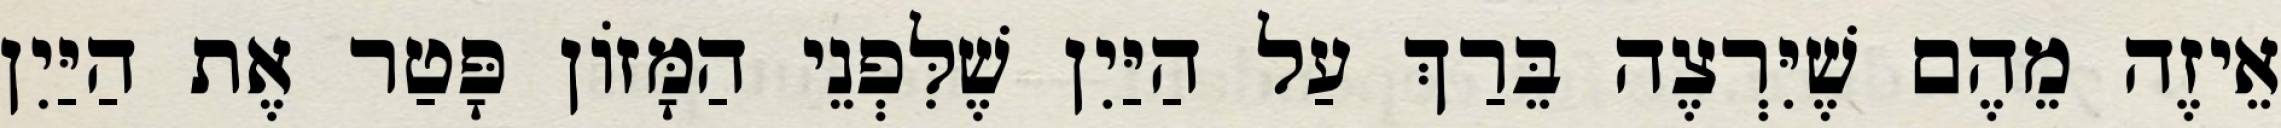
אֵיזֶה מֵהֶם שֶׁיִּרְצֶה בֵּרַךְ עַל הַיַּיִן שֶׁלִּפְנֵי הַמָּזוֹן פָּטַר אֶת הַיַּיִן